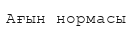
Ағын нормасы